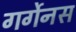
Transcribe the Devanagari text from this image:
गर्गेनस